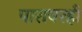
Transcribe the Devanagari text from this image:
पारावरही